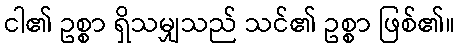
ငါ၏ ဥစ္စာ ရှိသမျှသည် သင်၏ ဥစ္စာ ဖြစ်၏။